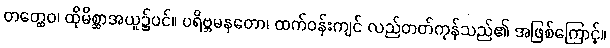
တတ္ထေဝ၊ ထိုမိစ္ဆာအယူ၌ပင်။ ပရိဗ္ဘမနတော၊ ထက်ဝန်းကျင် လည်တတ်ကုန်သည်၏ အဖြစ်ကြောင့်။